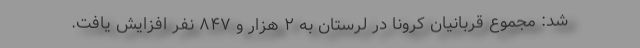
شد: مجموع قربانیان کرونا در لرستان به ۲ هزار و ۸۴۷ نفر افزایش یافت.